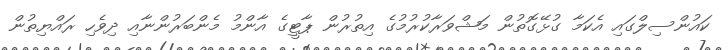
ކައުންސިލްގައި އެކަމާ ގުޅޭގޮތުން މަޝްވަރާކުރުމުގެ އިތުރުން ޕާޓީގެ އާންމު މެންބަރުންނާއި ދިވެހި ރައްޔިތުން